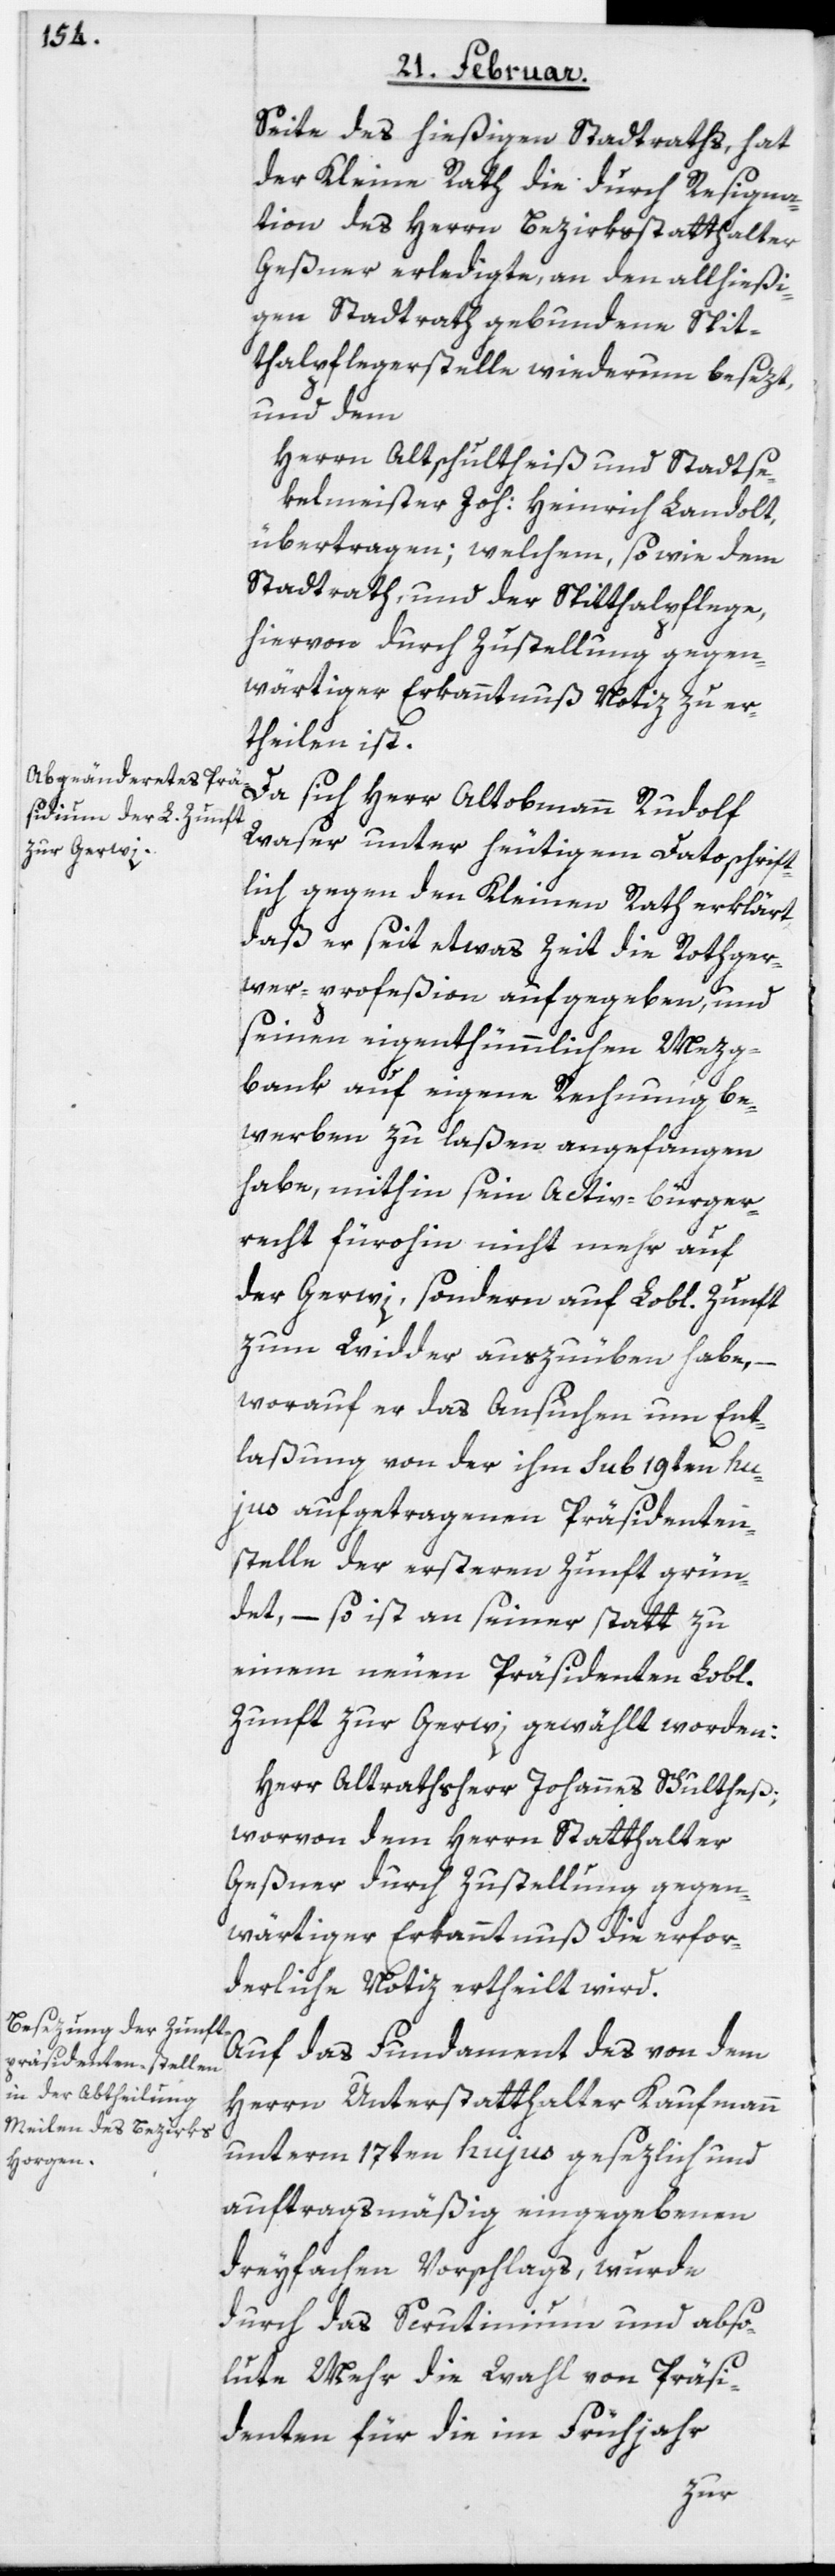
Seite des hießigen Stadtraths, hat
der Kleine Rath die durch Resigna¬
tion des Herrn Bezirksstatthalter
Geßner erledigte, an den allhießi¬
gen Stadtrath gebundene Spit¬
thalpflegerstelle wiederum besezt,
und dem
Herrn Altschultheiß und Stadtse¬
kelmeister Joh: Heinrich Landolt,
übertragen; welchem, so wie dem
Stadtrath, und der Spitthalpflege,
hiervon durch Zustellung gegen¬
wärtiger Erkanntnuß Notiz zu er¬
theilen ist.
Da sich Herr Altobmann Rudolf
Waser unter heutigem Dato schrift¬
lich gegen den Kleinen Rath erklärt,
daß er seit etwas Zeit die Rothger¬
wer-profeßion aufgegeben, und
seinen eigenthümmlichen Mezg¬
bank auf eigene Rechnung be¬
werben zu laßen angefangen
habe, mithin sein Activ-bürger¬
recht fürohin nicht mehr auf
der Gerwi, sondern auf Lobl. Zunft
zum Widder auszuüben habe, –
worauf er das Ansuchen um Ent¬
laßung von der ihm sub 19ten hu¬
jus aufgetragenen Präsidenten¬
stelle der ersteren Zunft grün¬
det, – so ist an seiner statt zu
einem neuen Präsidenten Lobl.
Zunft zur Gerwi gewählt worden:
Herr Altrathsherr Johannes Schultheß;
worvon dem Herrn Statthalter
Geßner durch Zustellung gegen¬
wärtiger Erkanntnuß die erfor¬
derliche Notiz ertheilt wird.
Auf das Fundament des von dem
Herrn Unterstatthalter Kaufmann
unterm 17ten hujus gesezlich und
auftragsmäßig eingegebenen
dreyfachen Vorschlags, wurde
durch das Scrutinium und abso¬
lute Mehr die Wahl von Präsi¬
denten für die im Frühjahr